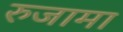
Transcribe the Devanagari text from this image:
रुजामा